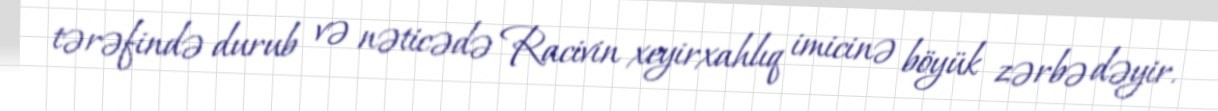
tərəfində durub və nəticədə Racivin xeyirxahlıq imicinə böyük zərbə dəyir.